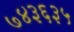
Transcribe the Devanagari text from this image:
७४३६३५